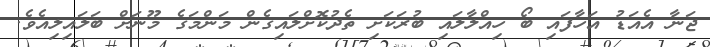
ޖަނާ އެއަޑު އަހާފައި ބޯ ހިއްލާލައި ބުރަކަށި ތެދުކޮށްލައިގެން މަންމަގެ މޫނަށް ބަލައިލިއެވެ.